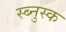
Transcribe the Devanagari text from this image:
स्ब्नुस्क